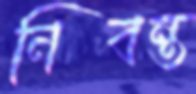
নিবন্ত